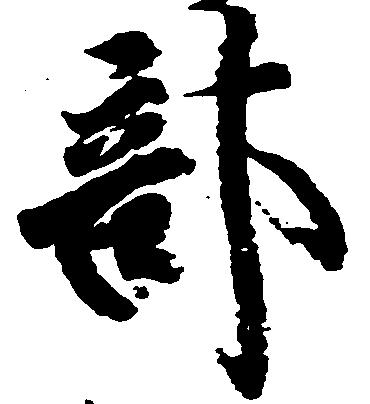
部